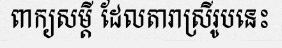
ពាក្យសម្តី ដែលតារាស្រីរូបនេះ